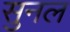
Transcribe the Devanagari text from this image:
सुनल